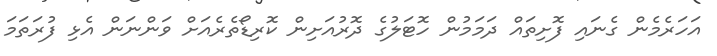
އަހަރެމެން ގެނައި ފޮށިތައް ދަމަމުން ހޮޓަލުގެ ދޮރުއަށިން ކޮރިޑޯތެރެއަށް ވަންނަން އެޅި ފުރަތަމަ